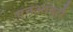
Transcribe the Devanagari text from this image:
एनआयटी